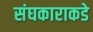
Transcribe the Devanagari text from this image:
संघकाराकडे